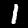
Label: 1